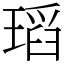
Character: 瑫